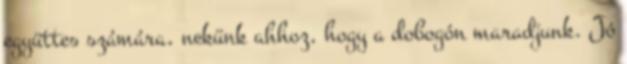
együttes számára, nekünk ahhoz, hogy a dobogón maradjunk. Jó